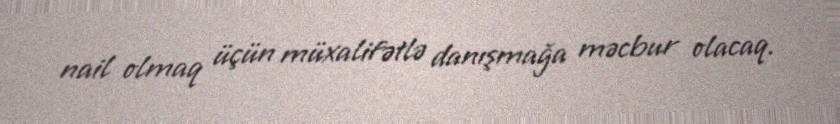
nail olmaq üçün müxalifətlə danışmağa məcbur olacaq.